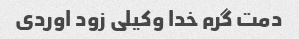
دمت گرم خدا وکیلی زود اوردی